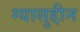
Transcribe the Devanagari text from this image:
ग्यासुद्दीन